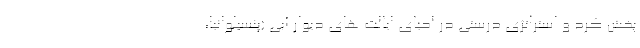
پخش کرد و استراتژی درستی در احیای ایالت های دیوار آبی (پنسیلوانیا،